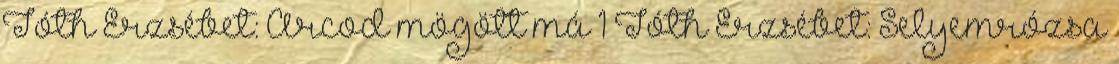
Tóth Erzsébet: Arcod mögött má 1 Tóth Erzsébet: Selyemrózsa